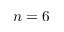
n = 6